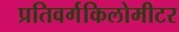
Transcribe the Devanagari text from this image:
प्रतिवर्गकिलोमीटर